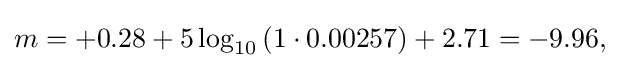
{\textstyle m=+0.28+5\log _{10}{\left(1\cdot 0.00257\right)}+2.71=-9.96,}